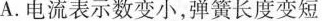
A.电流表示数变小，弹簧长度变短